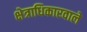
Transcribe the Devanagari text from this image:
क्षेत्राधिकारवाले